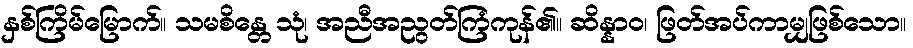
နှစ်ကြိမ်မြောက်။ သမစိန္တေ သုံ၊ အညီအညွတ်ကြံကုန်၏။ ဆိန္နာဝ၊ ဖြတ်အပ်ကာမျှဖြစ်သော။